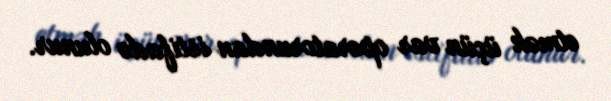
etmək üçün var operatorundan istifadə olunur.